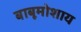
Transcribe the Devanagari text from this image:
बाबूमोशाय